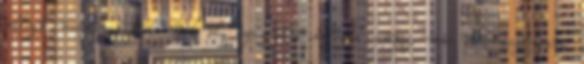
jellegű veszélyes hulladékok pl. szeszgyári kifőzött anyag, más élelmiszeripari